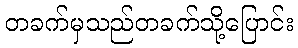
တခက်မှသည်တခက်သို့ပြောင်း